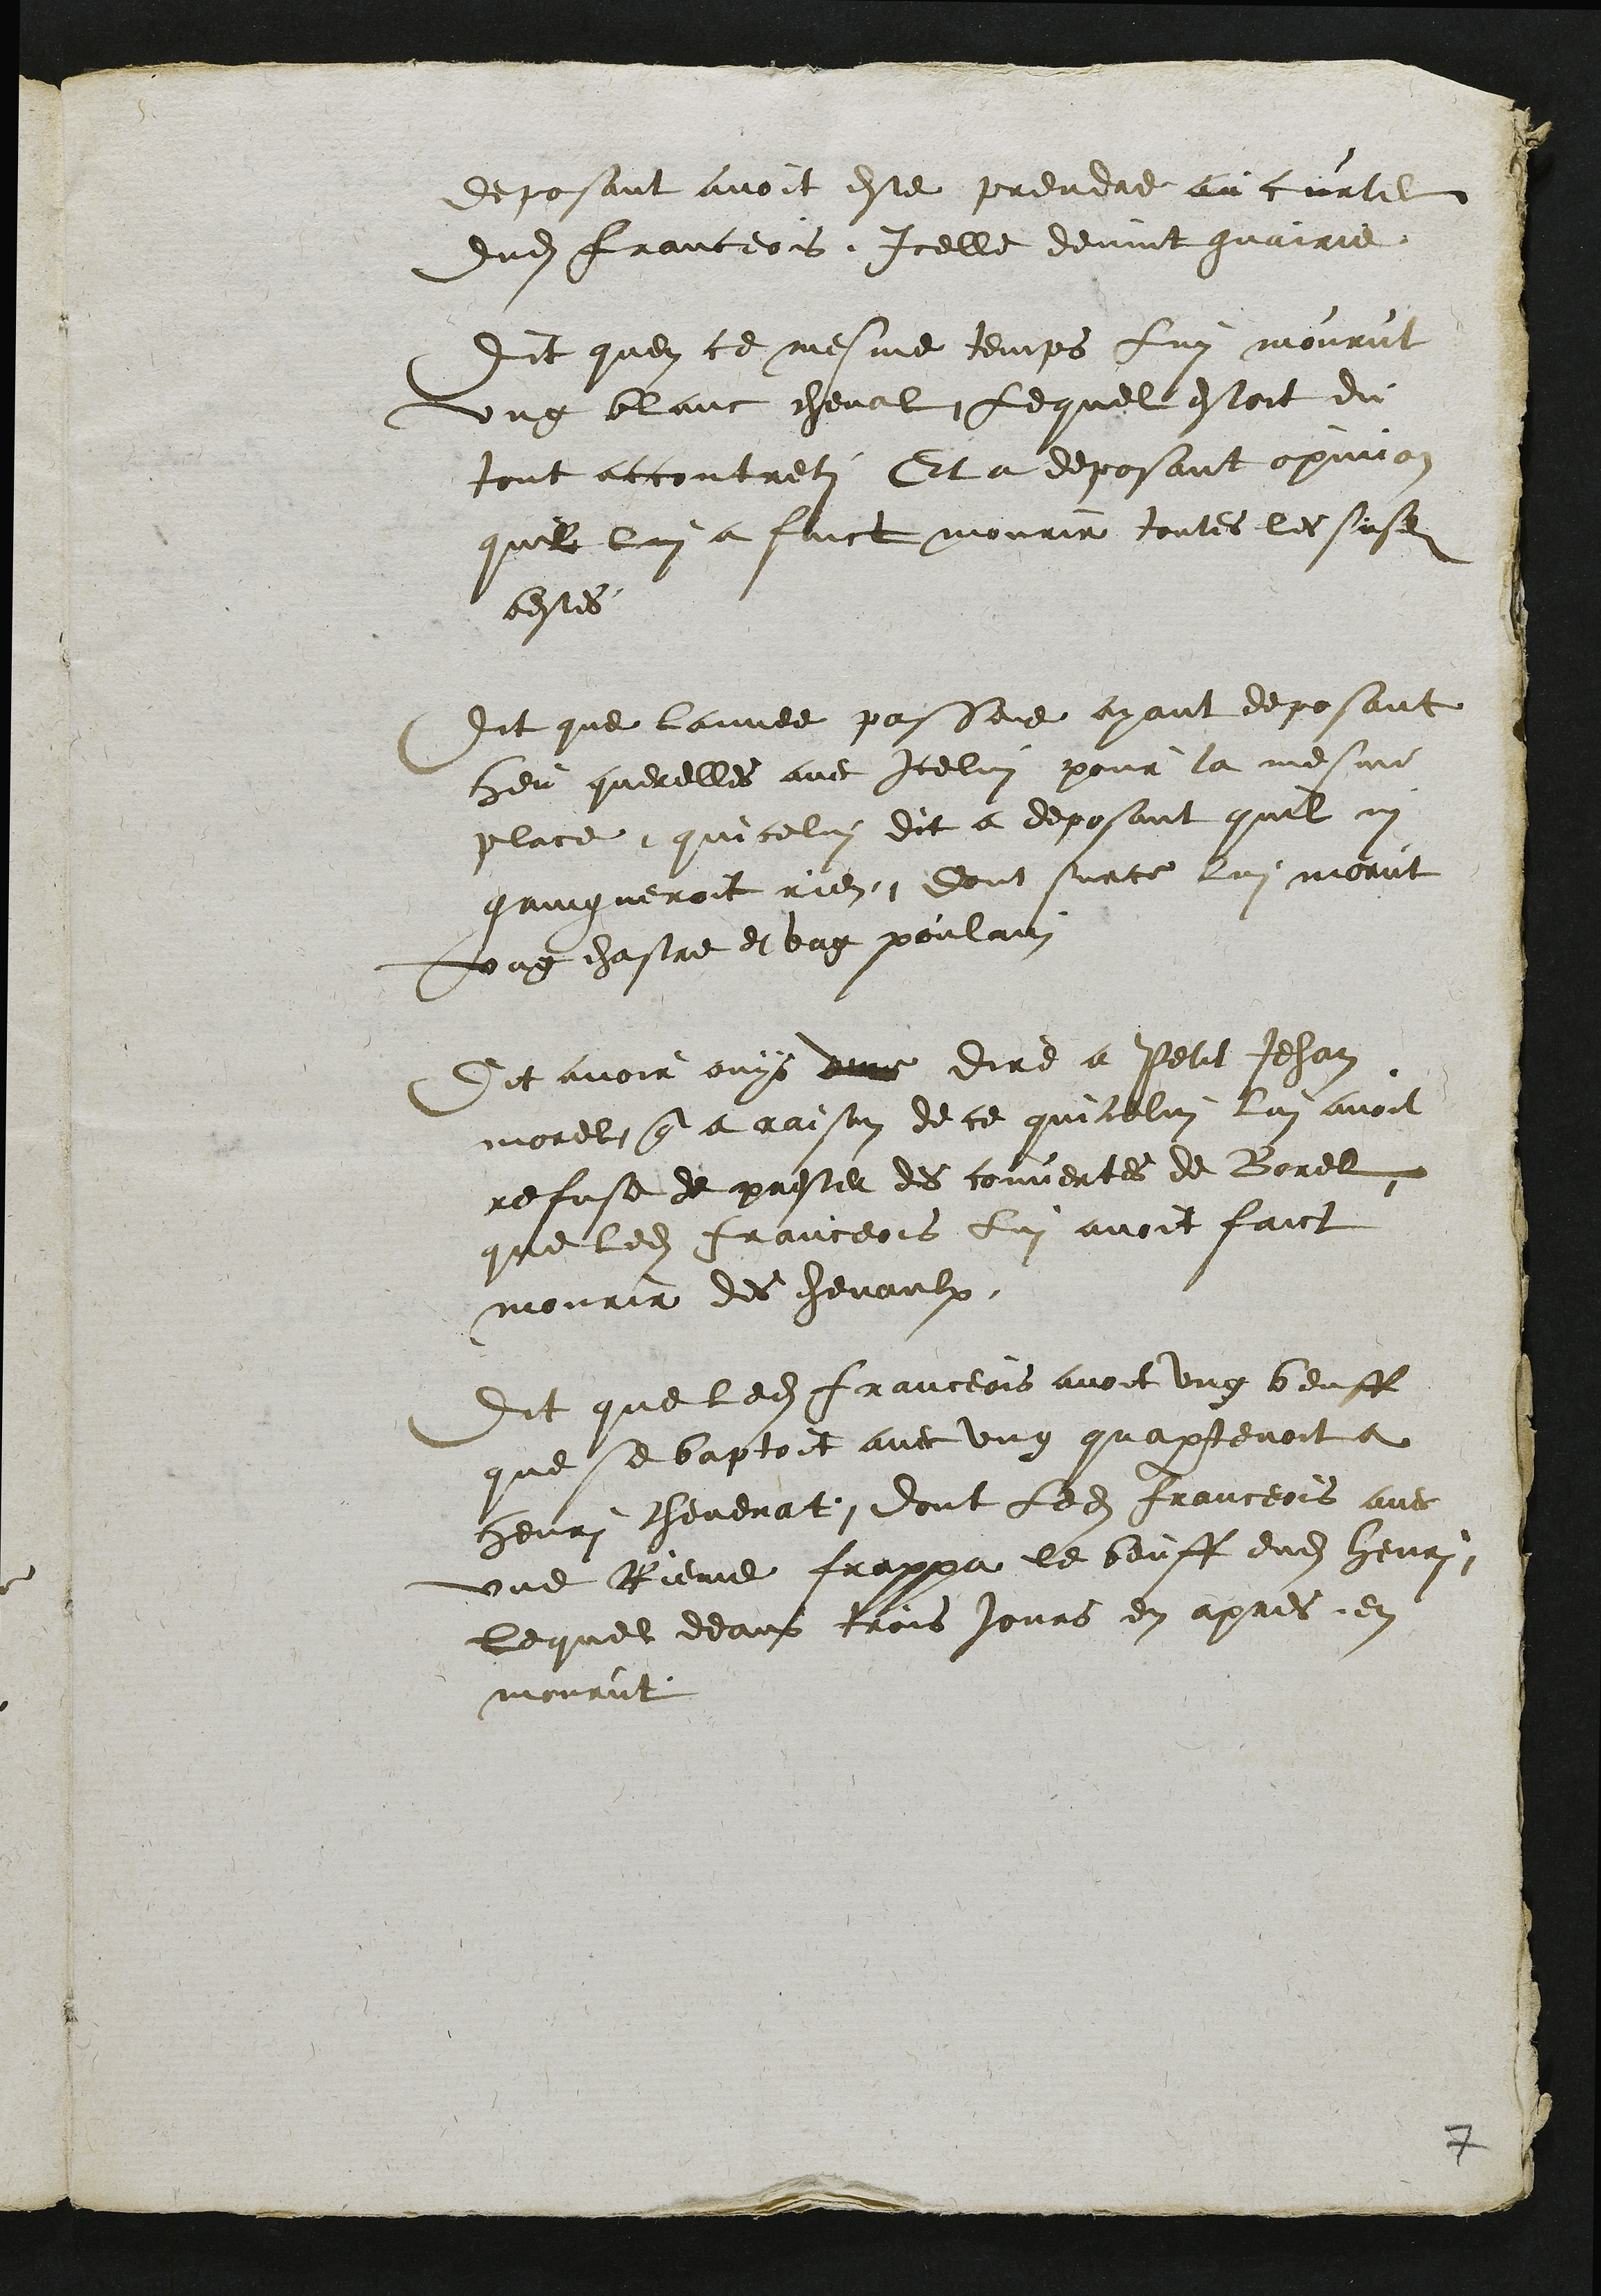
deposant avoit este prendre au curtil
dudit franceois Icelle devint guairie
Dit quen ce mesme temps Lui mourut
ung blanc cheval, Lequel estoit du
tout accontreti Et a deposant opinion
quil lui a faict mourir toutes les susdites
bestes
Dit que lannee passee ayant deposant
heu querelles avec Icelui pour la mesme
place, quicelui dit a deposant quil ny
gaingneroit rien dont surce lui morut
ung chastre et ung poulain
Dit avoir ouys dune dire a Petit Jehan
morel que a raison de ce quicelui lui avoit
refuse de prester des couvertes de Borel
que ledit franceois lui avoit faict
mourir des chevaulx
Dit que ledit franceois avoit ung beuff
que se baptoit avec ung quapartenoit a
henri chevenat dont ledit franceois avec
une Rieme frappa le beuff dudit henri
lequel deans trois jours en apres en
mourut